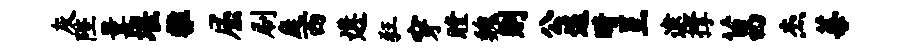
灰陛曩堰雅屈刷庭西遘狂穿瞠魏则公退睛呈逮撑菖杰莓